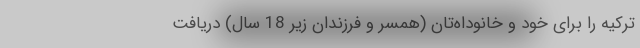
ترکیه را برای خود و خانوداه‌تان (همسر و فرزندان زیر 18 سال) دریافت